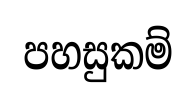
පහසුකම්